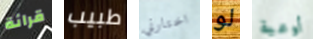
قرائة طبيب اختارني لو أوعية